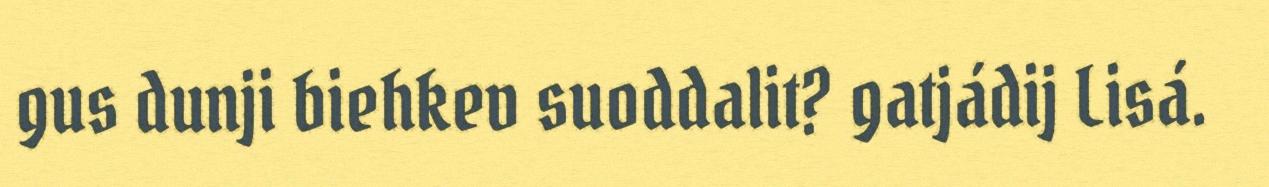
gus dunji biehkev suoddalit? gatjádij Lisá.